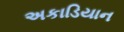
અકાડિયાન